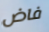
فاض